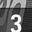
Digit: 3